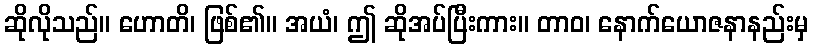
ဆိုလိုသည်။ ဟောတိ၊ ဖြစ်၏။ အယံ၊ ဤ ဆိုအပ်ပြီးကား။ တာဝ၊ နောက်ယောဇနာနည်းမှ